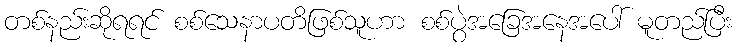
တစ်နည်းဆိုရရင် စစ်သေနာပတိဖြစ်သူဟာ စစ်ပွဲအခြေအနေအပေါ် မူတည်ပြီး